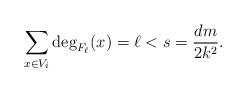
LaTeX: \begin{align*} \sum_{x\in V_i}\deg_{F_\ell}(x)=\ell<s= \frac{dm}{2k^2}.\end{align*}